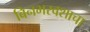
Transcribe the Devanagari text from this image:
बिनभरवशाचा